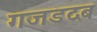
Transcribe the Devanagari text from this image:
गजडदब